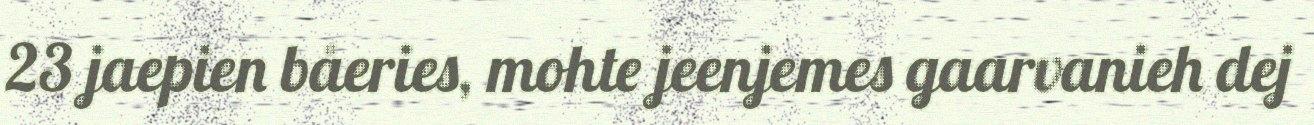
23 jaepien båeries, mohte jeenjemes gaarvanieh dej